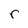
Character: r